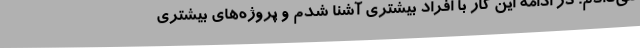
می‌دادم. در ادامه این کار با افراد بیشتری آشنا شدم و پروژه‌های بیشتری